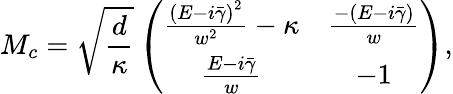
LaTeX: M_{c}=\sqrt{\frac{d}{\kappa}}\left(\begin{array}{cc}{\frac{\left(E-i\bar{\gamma}\right)^{2}}{w^{2}}-\kappa}&{\frac{-(E-i\bar{\gamma})}{w}}\\ {\frac{E-i\bar{\gamma}}{w}}&{-1}\end{array}\right),